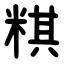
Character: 粸